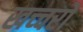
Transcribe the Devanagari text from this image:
खच्‍चरों